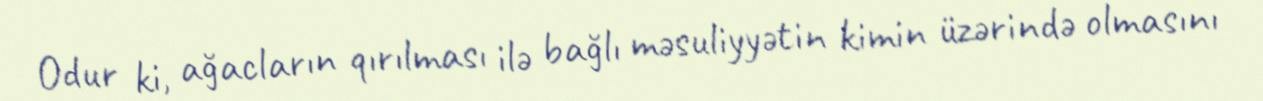
Odur ki, ağacların qırılması ilə bağlı məsuliyyətin kimin üzərində olmasını